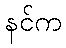
နင်က